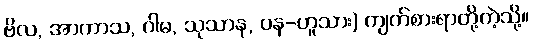
ဗိလ, အာကာသ, ဂါမ, သုသာန, ဝန-ဟူသား) ကျက်စားရာတို့ကဲ့သို့။